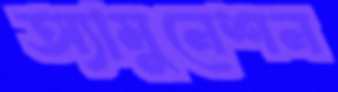
অ্যামুনেশন